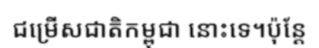
ជម្រើសជាតិកម្ពុជា នោះទេ។ប៉ុន្តែ